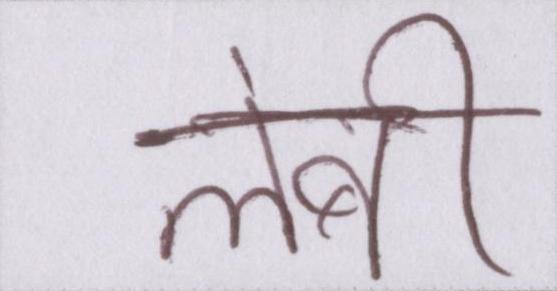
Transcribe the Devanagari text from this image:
लंबी